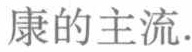
康的主流.